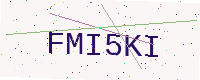
Text: FMI5KI